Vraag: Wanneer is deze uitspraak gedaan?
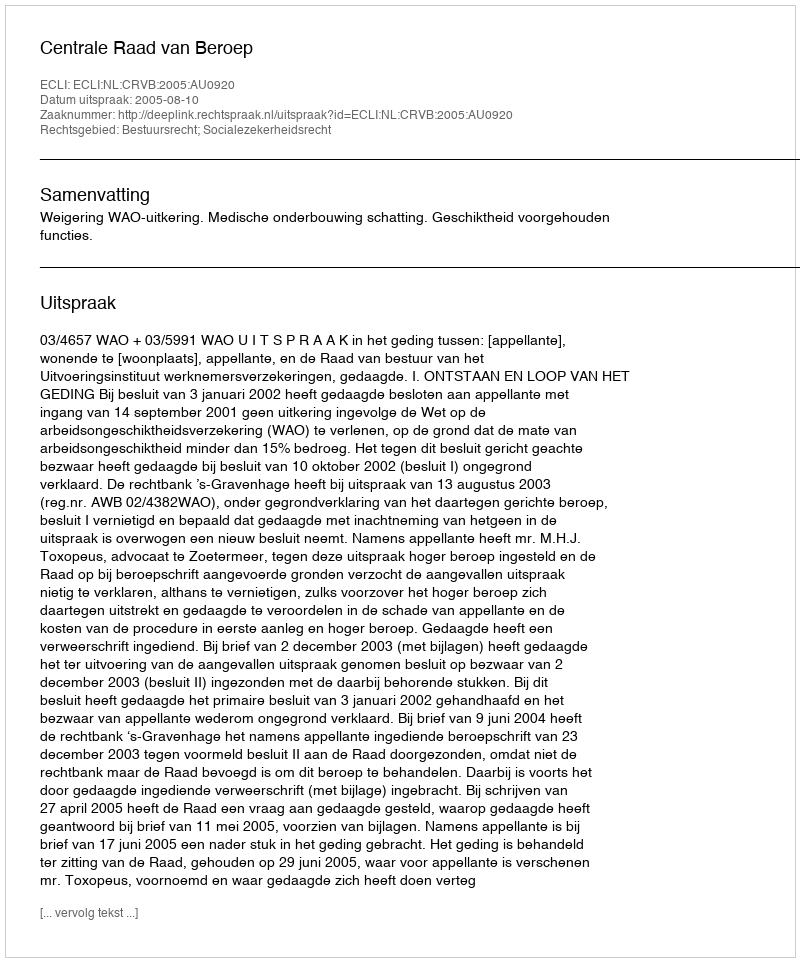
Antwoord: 2005-08-10